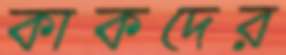
কাকদের